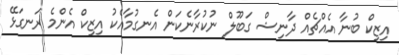
އިޒިކް ބުނާ އެއްޗެއް ދާނިޝް ގަބޫލް ނުކުރާނެކަން އެނގުމާއެކު އިޒިކް އެންމެ ރަނގަޅޭ